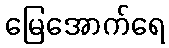
မြေအောက်ရေ